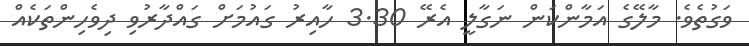
ވަގުތެވެ. މާލޭގެ އަމާންކަން ނަގާލީ އެރޭ 3.30 ހާއިރު ގައުމަށް ގައްދާރުވި ދިވެހިންތަކެއް